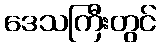
ဒေသကြီးတွင်